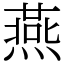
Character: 燕